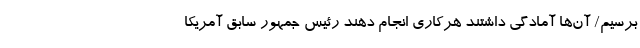
برسیم/ آن‌ها آمادگی داشتند هرکاری انجام دهند رئیس جمهور سابق آمریکا